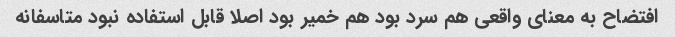
افتضاح به معنای واقعی هم سرد بود هم خمیر بود اصلا قابل استفاده نبود متاسفانه